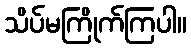
သိပ်မကြိုက်ကြပါ။